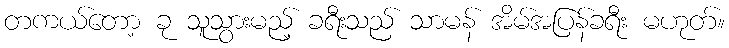
တကယ်တော့ ခု သူသွားမည့် ခရီးသည် သာမန် အိမ်အပြန်ခရီး မဟုတ်။